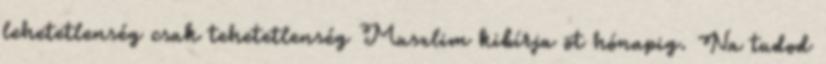
lehetetlenség csak tehetetlenség Muszlim kibírja öt hónapig. Na tudod